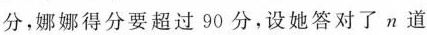
分，娜娜得分要超过90分，设她答对了n道